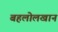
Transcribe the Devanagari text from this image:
बहलोलखान